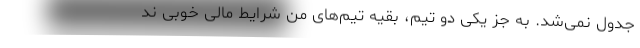
جدول نمی‌شد. به جز یکی دو تیم، بقیه تیم‌های من شرایط مالی خوبی ند